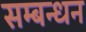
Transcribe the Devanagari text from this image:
सम्बन्धन